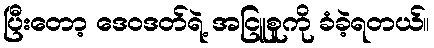
ပြီးတော့ ဒေဝဒတ်ရဲ့ အငြူစူကို ခံခဲ့ရတယ်။